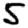
Digit: 5